Indian journal of veterinary science and animal husbandry - Volumes 22-23, 1952-1953
Year: 1952
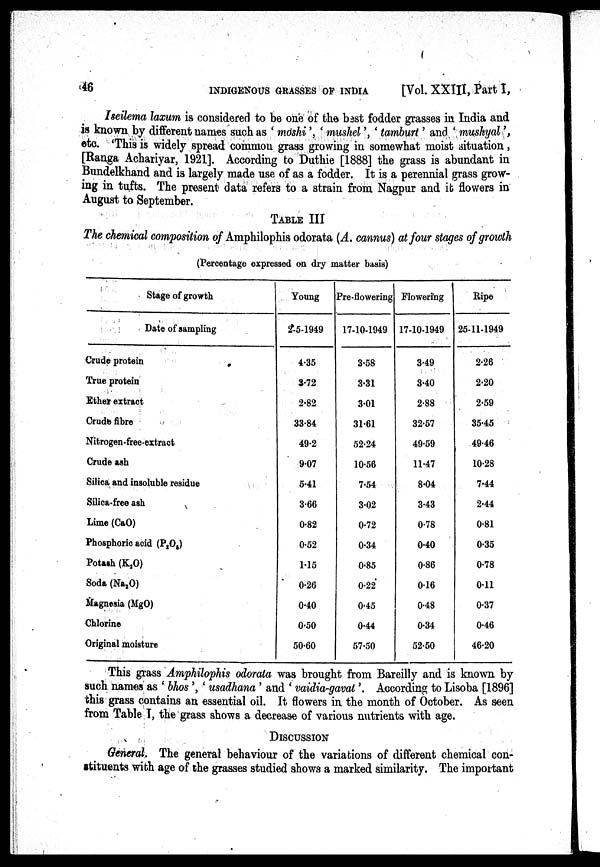
46
INDIGENOUS
GRASSES
OF
INDIA
[Vol. XXIII, Part I,
Iseilema laxum is considered to be one of the bast fodder grasses in India and
is known by different names such as 'mdshi', 'ushel', 'tamburt' and. 'mushyal',
etc. 'This is widely spread common grass growing in somewhat moist situation,
[Ranga Achariyar, 1921]. According to Duthie [1888] the grass is abundant in
Bundelkhand and is largely made use of as a fodder. It is a perennial grass grow-
ing in tufts. The present data refers to a strain from Nagpur and it flowers in
August to September.
TABLE III
The chemical composition of Amphilophis odorata (A. cannus) at four stages of growth
(Percentage expressed on dry matter basis)
Stage of growth
Date of sampling
Crude protein
True protein
Ether extract
Crude fibre
Nitrogen-free-extract
Crude ash
Silica and insoluble residue
Silica-free ash
Lime (CaO)
Phosphoric acid (P 2 O 5 )
Potash (K 2 O)
Soda (Na 2 O)
Magnesia (MgO)
Chlorine
Original moisture
Young
2-5-1949
4.35
3.72
2.82
33.84
49.2
9.07
5.41
3.66
0.82
0.52
1.15
0.26
0.40
0.50
50.60
Pre-flowering
17-10-1949
3.58
3.31
3.01
31.61
52.24
10.56
7.54
3.02
0.72
0.34
0.85
0.22
0.45
0.44
57.50
Flowering
17-10-1949
3.49
3.40
2.88
32.57
49.59
11.47
8.04
3.43
0.78
0.40
0.86
0.16
0.48
0.34
52.50
Ripe
25-11-1949
2.26
2.20
2.59
35.45
49.46
10.28
7.44
2.44
0.81
0.35
0.78
0.11
0.37
0.46
46.20
This grass Amphilophis odorata was brought from Bareilly and is known by
such names as 'bhos', 'usadhana' and 'vaidia-gavat'. According to Lisoba [1896]
this grass contains an essential oil. It flowers in the month of October. As seen
from Table I, the grass shows a decrease of various nutrients with age.
DISCUSSION
General, The general behaviour of the variations of different chemical con-
stituents with age of the grasses studied shows a marked similarity. The important